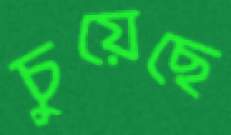
চুয়েছে